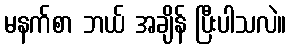
မနက်စာ ဘယ် အချိန် ပြီးပါသလဲ။